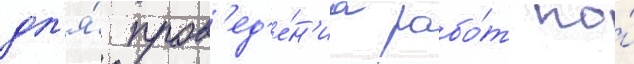
дл'я́ пров'ед'е́н'иа рабо́т по́